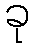
ခု